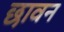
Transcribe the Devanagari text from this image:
छावन